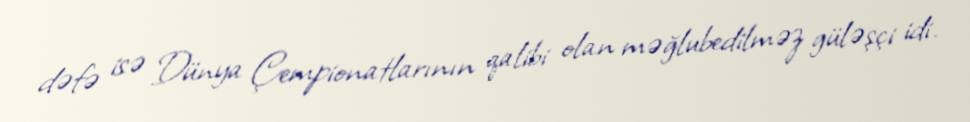
dəfə isə Dünya Çempionatlarının qalibi olan məğlubedilməz güləşçi idi.